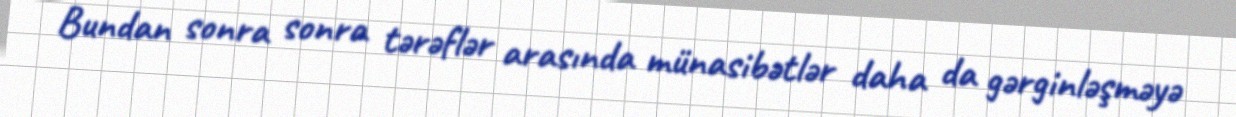
Bundan sonra sonra tərəflər arasında münasibətlər daha da gərginləşməyə